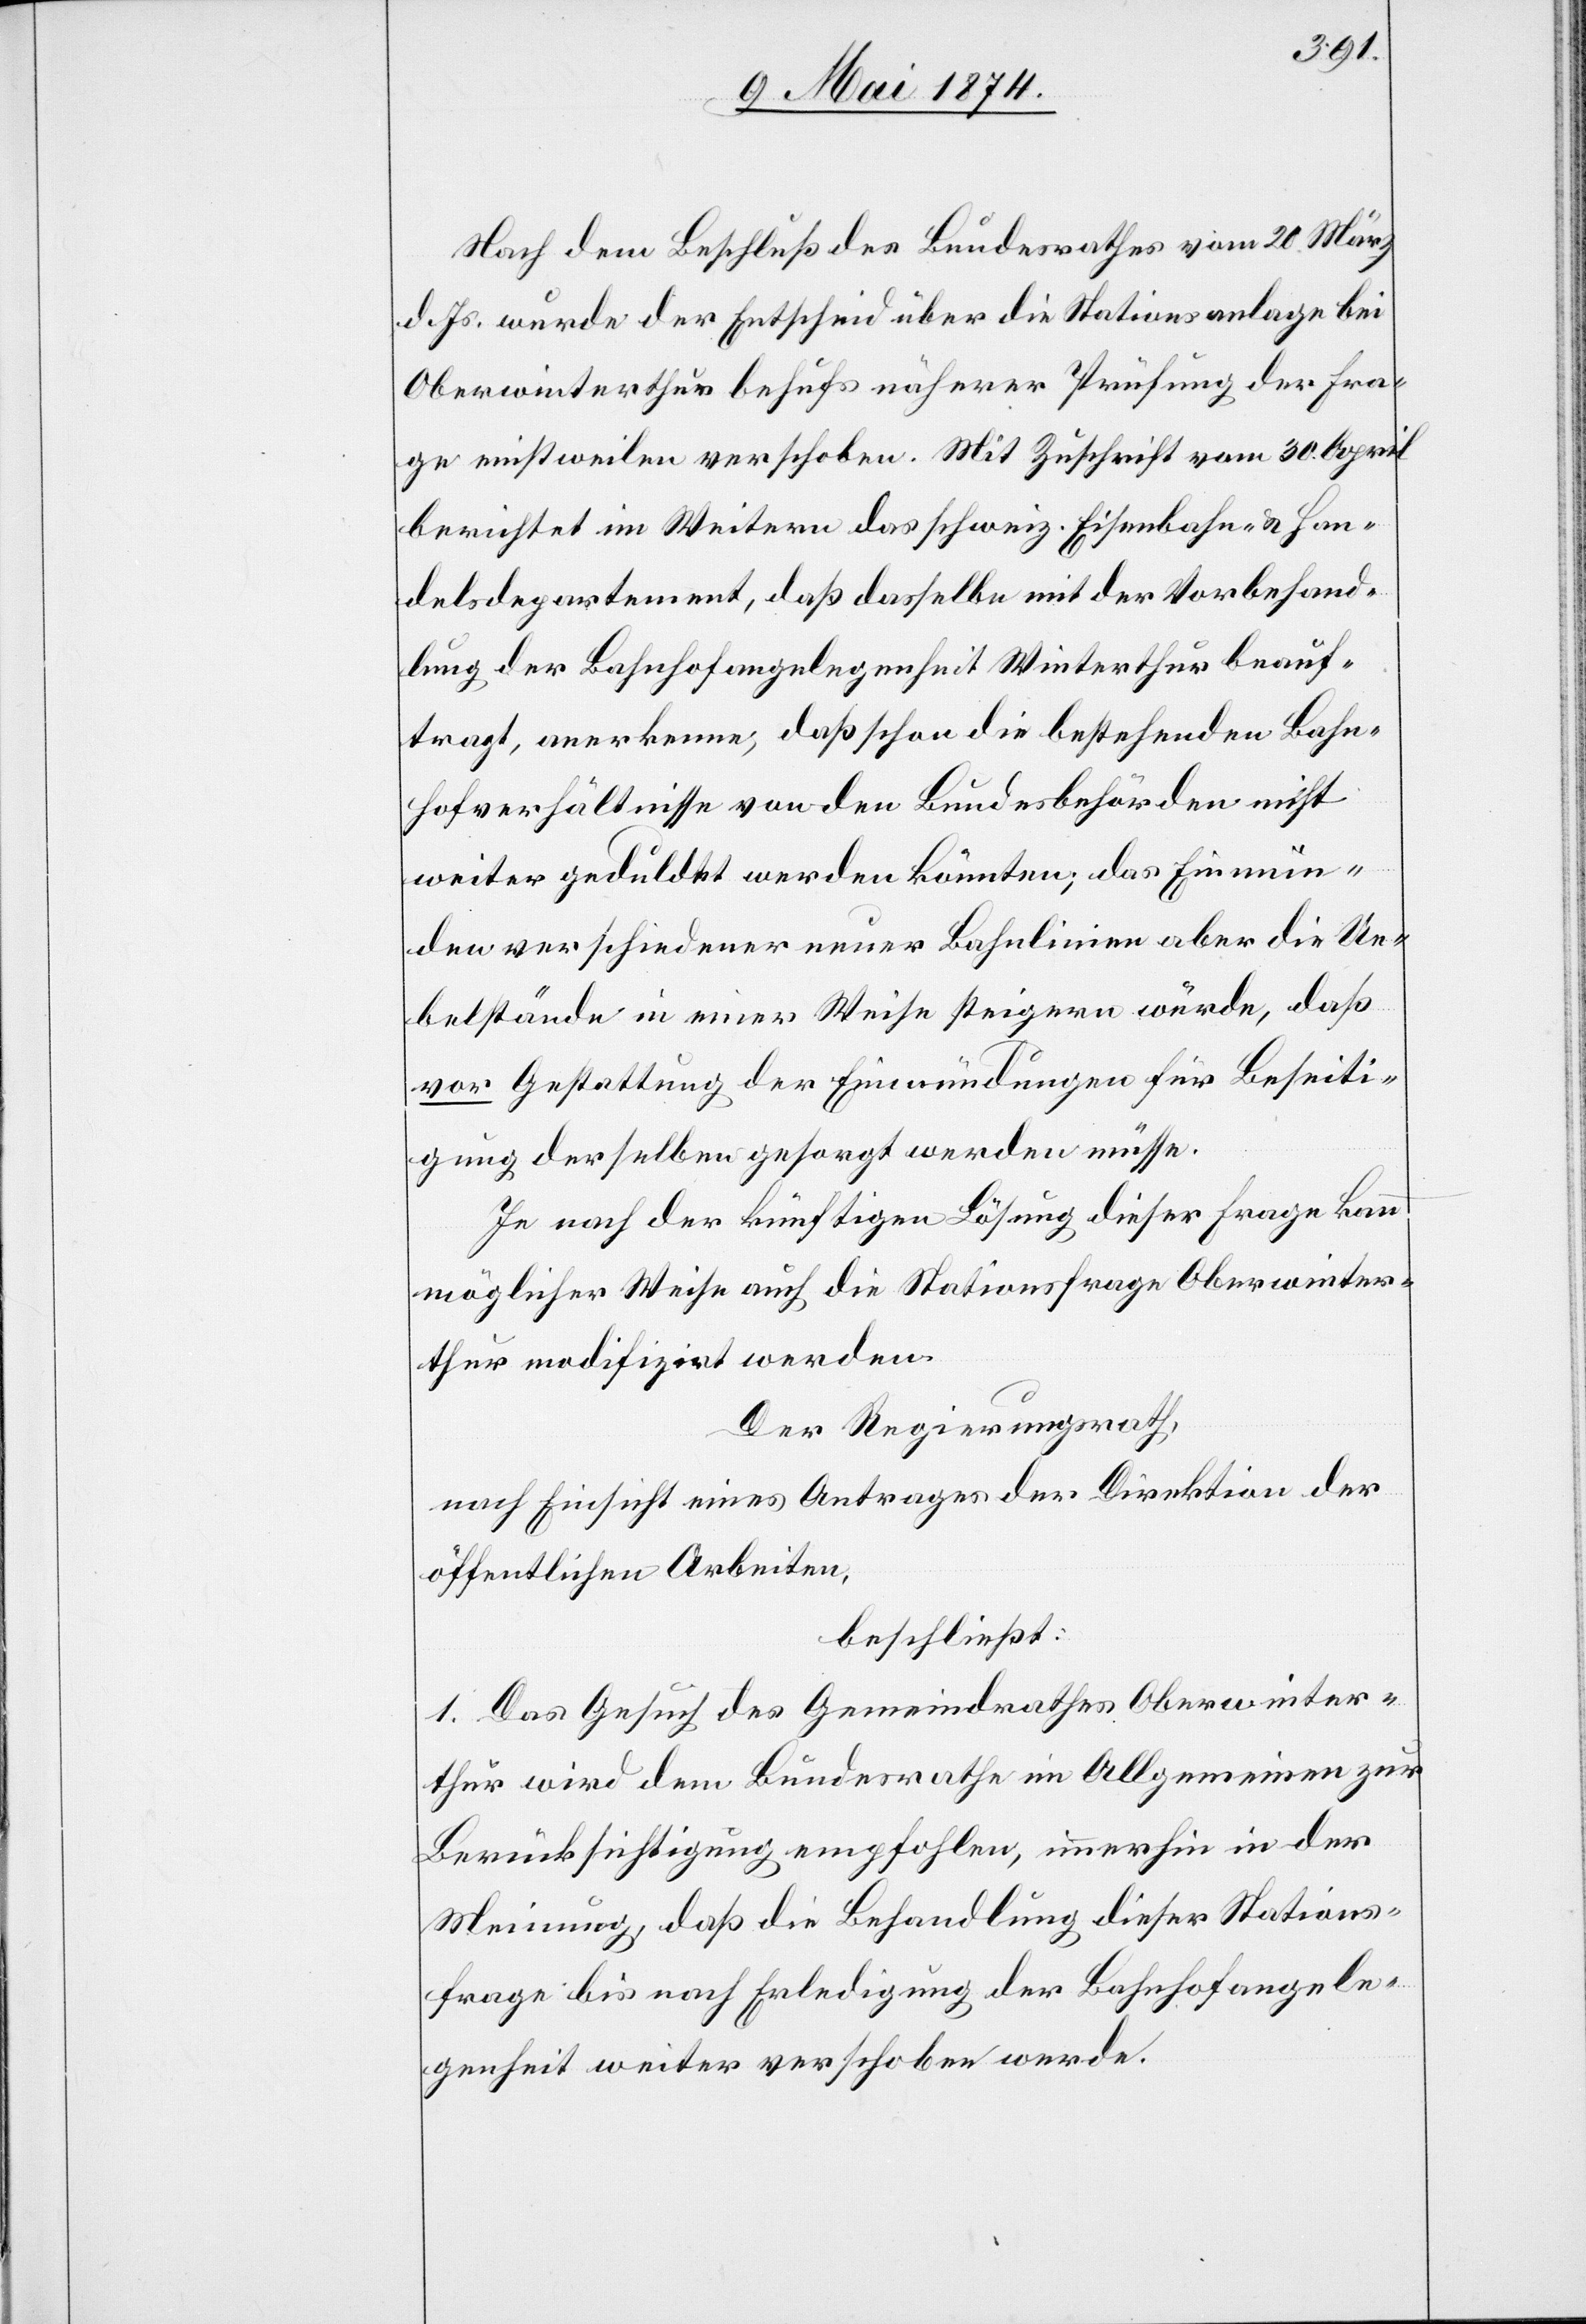
Nach dem Beschluß des Bundesrathes vom 20. März
d. Js. wurde der Entscheid über die Stationsanlage bei
Oberwinterthur behufs näherer Prüfung der Fra¬
ge einstweilen verschoben. Mit Zuschrift vom 30. April
berichtet im Weitern das schweiz. Eisenbahn- u. Han¬
delsdepartement, daß dasselbe mit der Vorbehand¬
lung der Bahnhofangelegenheit Winterthur beauf¬
tragt, anerkenne, daß schon die bestehenden Bahn¬
hofverhältnisse von den Bundesbehörden nicht
weiter geduldet werden könnten; das Einmün¬
den verschiedener neuer Bahnlinien aber die Ue¬
belstände in einer Weise steigern würde, daß
vor Gestattung der Einmündungen für Beseiti¬
gung derselben gesorgt werden müsse.
Je nach der künftigen Lösung dieser Frage kann
möglicher Weise auch die Stationsfrage Oberwinter¬
thur modifizirt werden.
Der Regierungsrath,
nach Einsicht eines Antrages der Direktion der
öffentlichen Arbeiten,
beschließt:
1. Das Gesuch des Gemeindrathes Oberwinter¬
thur wird dem Bundesrathe im Allgemeinen zur
Berücksichtigung empfohlen, immerhin in der
Meinung, daß die Behandlung dieser Stations¬
frage bis nach Erledigung der Bahnhofangele¬
genheit weiter verschoben werde.